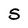
Character: 5